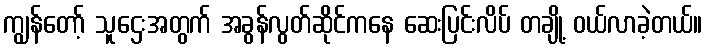
ကျွန်တော့် သူဌေးအတွက် အခွန်လွတ်ဆိုင်ကနေ ဆေးပြင်းလိပ် တချို့ ဝယ်လာခဲ့တယ်။